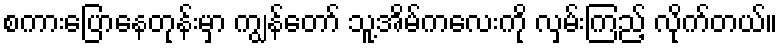
စကားပြောနေတုန်းမှာ ကျွန်တော် သူ့အိမ်ကလေးကို လှမ်းကြည့် လိုက်တယ်။